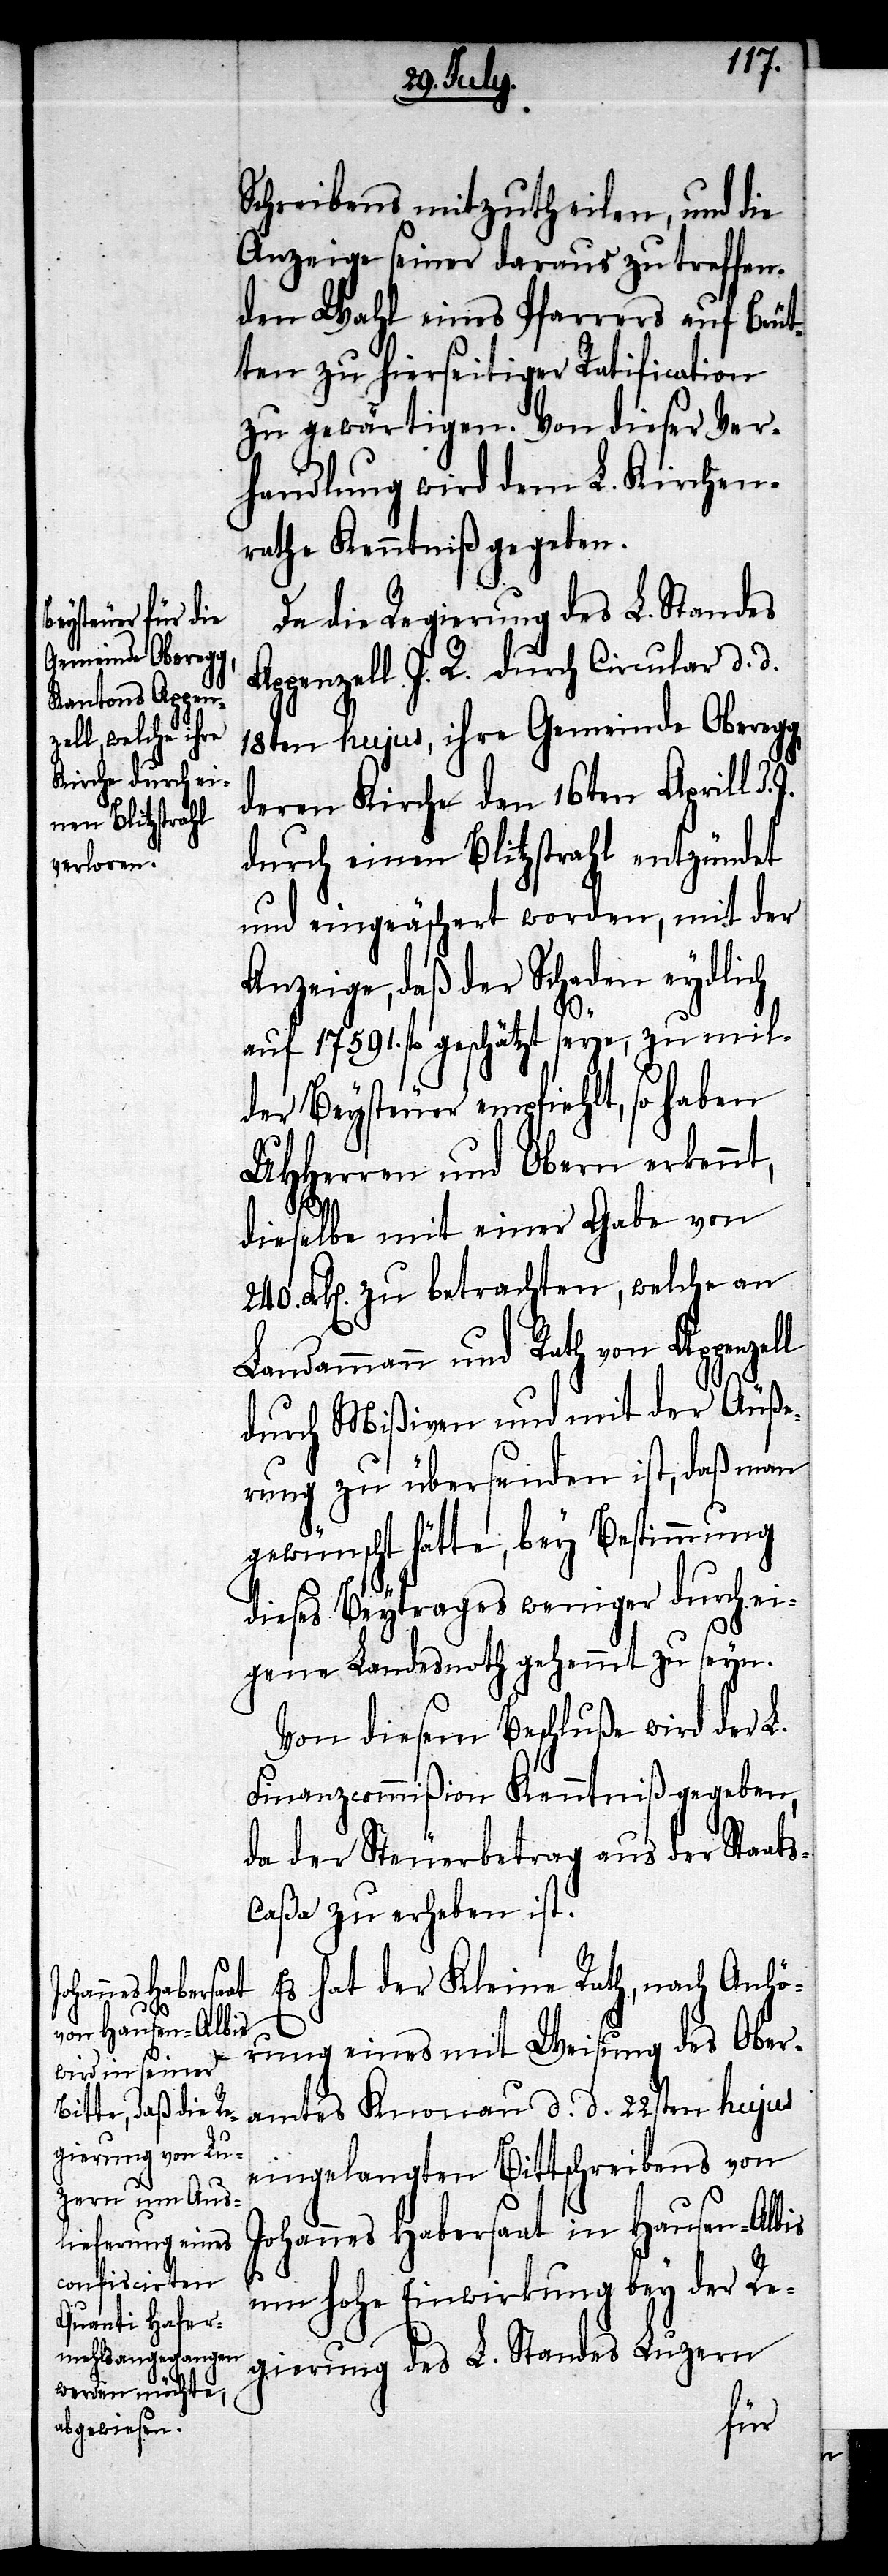
Schreibens mitzutheilen, und die
Anzeige seiner daraus zu treffen¬
den Wahl eines Pfarrers auf Brüt¬
ten zu hierseitiger Ratification
zu gewärtigen. Von dieser Ver¬
handlung wird dem L. Kirchen¬
rathe Kenntniß gegeben.
Da die Regierung des L. Standes
Appenzell I. R. durch Circular d. d.
18ten hujus, ihre Gemeinde Oberegg,
deren Kirche den 16ten Aprill d.
durch einen Blitzstrahl entzündet
und eingeäschert worden, mit der
Anzeige, daß der Schaden eydlich
auf 17591. fl. geschätzt seye, zu mil¬
der Beysteuer empfiehlt, so haben
UHHerren und Obern erkennt,
s-C¬
dieselbe mit einer Gabe von
Frk[en]. zu betrachten, welche an
dammann und Rath von Appenze¬
durch Mißiven und mit der Äuße¬
rung zu übersenden ist, daß man
gewünscht hätte, bey Bestimmung
dieses Beytrages weniger durch ei¬
gene Landesnoth gehemmt zu seyn.
Von diesem Beschluße wird der L.
Finanzcommißion Kenntniß gegeben,
da der Steuerbetrag aus der Staat¬
aßa zu erheben ist.
Es hat der Kleine Rath, nach Anhö¬
rung eines mit Weisung des Ober¬
amtes Knonau d. d. 22sten hujus
eingelangten Bittschreibens von
Johannes Habersaat in Hausen-Albis
um hohe Einwirkung bey der Re¬
gierung des L. Standes Luzern